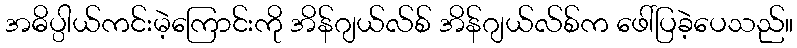
အဓိပ္ပါယ်ကင်းမဲ့ကြောင်းကို အိန်ဂျယ်လ်စ် အိန်ဂျယ်လ်စ်က ဖေါ်ပြခဲ့ပေသည်။